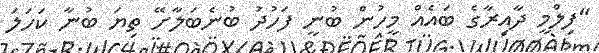
"ފިލްމީ ދާއިރާގެ ބައެއް މީހުން ބުނީ ފަހުދު ބުނެބަލާށޭ ތިޔަ ބުނާ ކަހަލަ